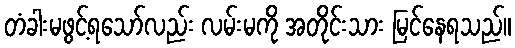
တံခါးမဖွင့်ရသော်လည်း လမ်းမကို အတိုင်းသား မြင်နေရသည်။